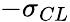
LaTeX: -\sigma_{CL}